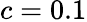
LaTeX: c=0.1